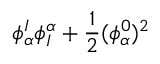
\phi _ { \alpha } ^ { I } \phi _ { I } ^ { \alpha } + { \frac { 1 } { 2 } } ( \phi _ { \alpha } ^ { 0 } ) ^ { 2 }